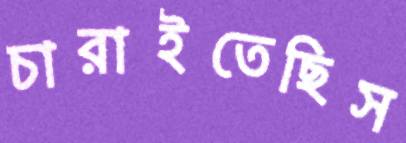
চারাইতেছিস